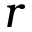
r